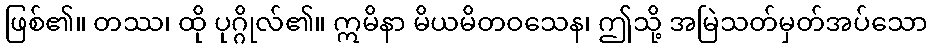
ဖြစ်၏။ တဿ၊ ထို ပုဂ္ဂိုလ်၏။ ဣမိနာ မိယမိတဝသေန၊ ဤသို့ အမြဲသတ်မှတ်အပ်သော